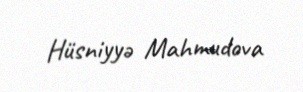
Hüsniyyə Mahmudova